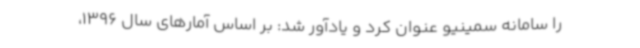
را سامانه سمینیو عنوان کرد و یادآور شد: بر اساس آمارهای سال 1396،